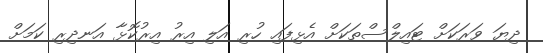
ދިޔަ ވަރަަކަށް ޓައިލްސްތަކަށް އެޅިފައި ހުރި އަލި އިރު އިރުކޮޅާ އަނދިރި ކަމަށް